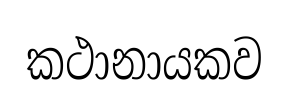
කථානායකව